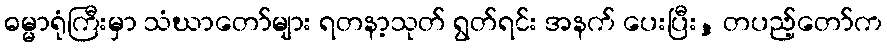
ဓမ္မာရုံကြီးမှာ သံဃာတော်များ ရတနာ့သုတ် ရွတ်ရင်း အနက် ပေးပြီး, တပည့်တော်က